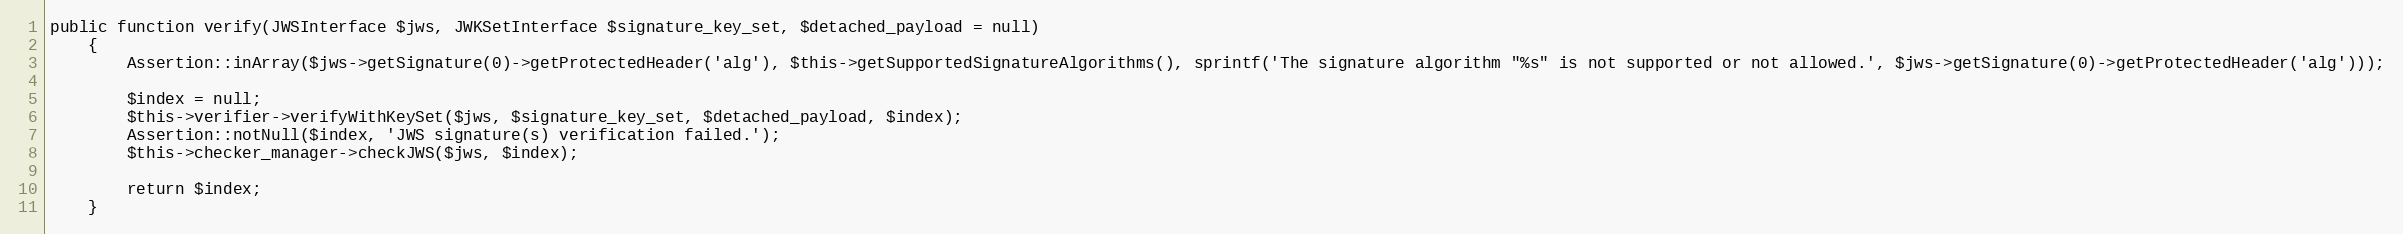
Language: PHP
public function verify(JWSInterface $jws, JWKSetInterface $signature_key_set, $detached_payload = null)
    {
        Assertion::inArray($jws->getSignature(0)->getProtectedHeader('alg'), $this->getSupportedSignatureAlgorithms(), sprintf('The signature algorithm "%s" is not supported or not allowed.', $jws->getSignature(0)->getProtectedHeader('alg')));

        $index = null;
        $this->verifier->verifyWithKeySet($jws, $signature_key_set, $detached_payload, $index);
        Assertion::notNull($index, 'JWS signature(s) verification failed.');
        $this->checker_manager->checkJWS($jws, $index);

        return $index;
    }